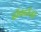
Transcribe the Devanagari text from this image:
हॉवर्डांनी